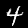
Label: 4